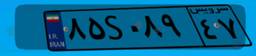
۲۲S۷۸۵۴۸